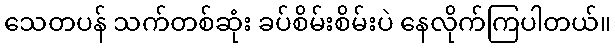
သေတပန် သက်တစ်ဆုံး ခပ်စိမ်းစိမ်းပဲ နေလိုက်ကြပါတယ်။